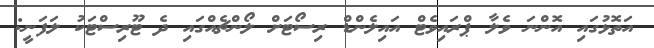
އަތޮޅުގައި އޮންނަ ވެލާ ޕްރައިވެޓް އައިލެންޑް ރިސޯޓަށް ލޯންޗެއްގައި ދެ ޓޫރިސްޓަކު ލަފަނީ: